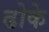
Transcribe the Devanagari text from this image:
ढोके